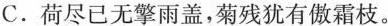
C.荷尽已无擎雨盖，菊残犹有傲霜枝。